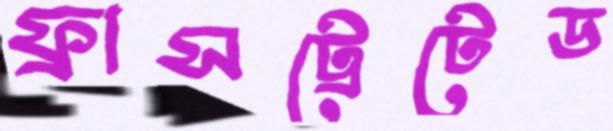
ফ্রাসট্রেটেড